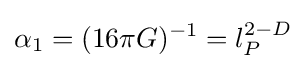
\alpha _{1}=(16\pi G)^{-1}=l_{P}^{2-D}